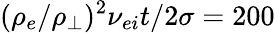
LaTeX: (\rho_{e}/\rho_{\perp})^{2}\nu_{ei}t/2\sigma=200